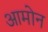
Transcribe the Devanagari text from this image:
आमोन